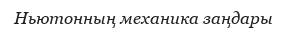
Ньютонның механика заңдары